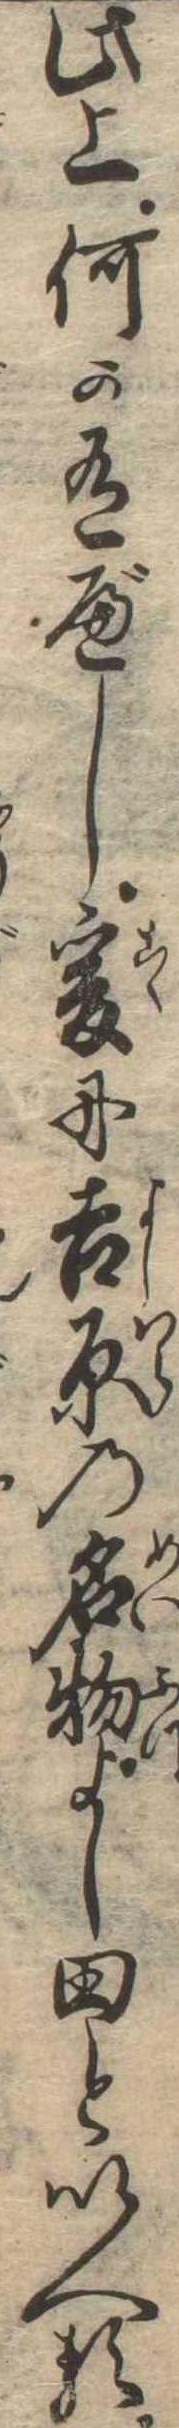
此上何か有べし爰に吉原の名物よし田といへる